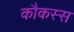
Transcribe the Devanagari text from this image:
कौकस्स